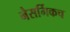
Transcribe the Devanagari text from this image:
नैसर्गिकच